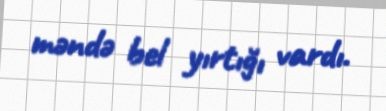
məndə bel yırtığı vardı.